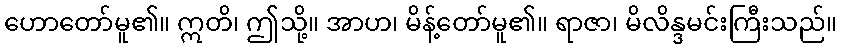
ဟောတော်မူ၏။ ဣတိ၊ ဤသို့။ အာဟ၊ မိန့်တော်မူ၏။ ရာဇာ၊ မိလိန္ဒမင်းကြီးသည်။